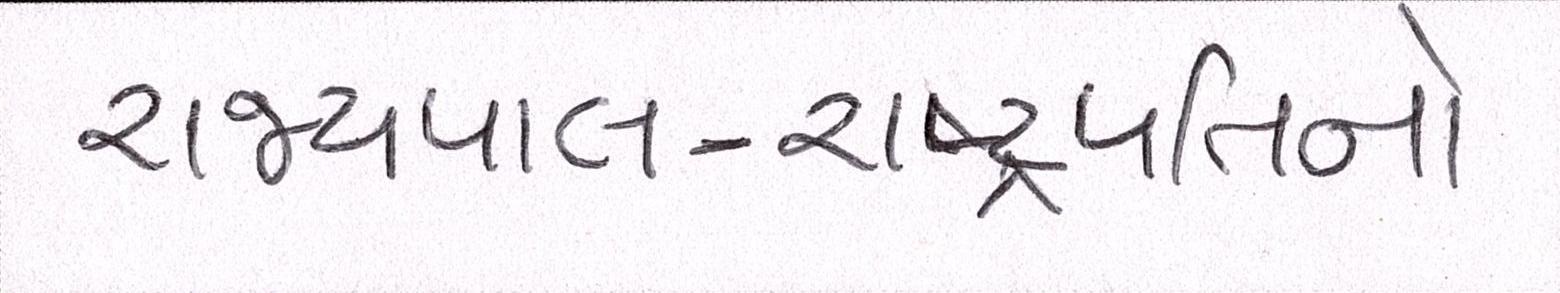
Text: રાજ્યપાલ-રાષ્ટ્રપતિનો